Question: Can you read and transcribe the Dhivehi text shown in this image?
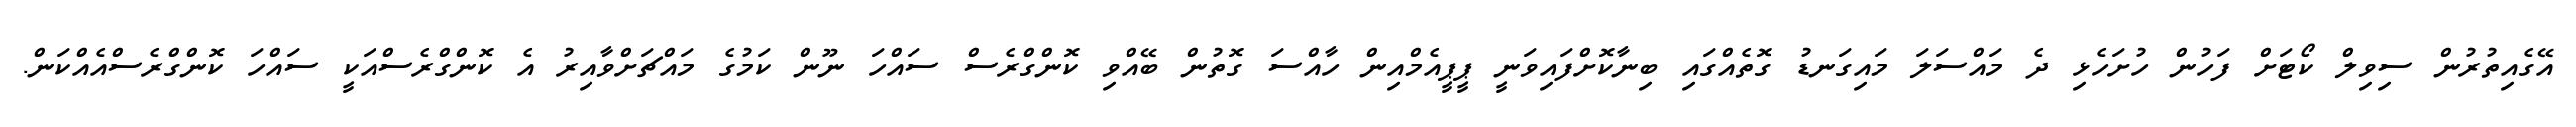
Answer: އޭގެއިތުރުން ސިވިލް ކޯޓަށް ފަހުން ހުށަހެޅި ދެ މައްސަލަ މައިގަނޑު ގޮތެއްގައި ބިނާކޮށްފައިވަނީ ޕީޕީއެމްއިން ހާއްސަ ގޮތުން ބޭއްވި ކޮންގްރެސް ސައްހަ ނޫން ކަމުގެ މައްޗަށްވާއިރު އެ ކޮންގްރެސްއަކީ ސައްހަ ކޮންގްރެސްއެއްކަން.